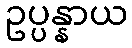
ဥပ္ပန္နာယ